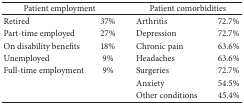
| <COLSPAN=2> Patient employment | <COLSPAN=2> Patient comorbidities |
 | --- | --- | --- | --- |
 | Retired | 37% | Arthritis | 72.7% |
 | Part-time employed | 27% | Depression | 72.7% |
 | On disability benefits | 18% | Chronic pain | 63.6% |
 | Unemployed | 9% | Headaches | 63.6% |
 | Full-time employment | 9% | Surgeries | 72.7% |
 |  |  | Anxiety | 54.5% |
 |  |  | Other conditions | 45.4% |